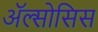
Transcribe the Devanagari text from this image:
ॲल्सोसिस